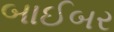
બાઈબર